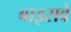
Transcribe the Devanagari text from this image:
बाइसवें